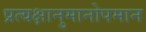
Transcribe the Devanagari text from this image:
प्रत्यक्षानुमानोपमान